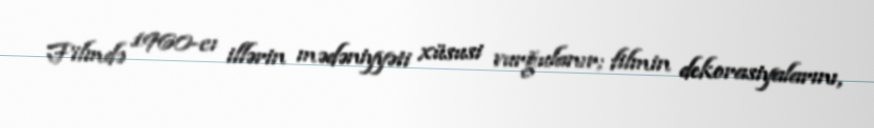
Filmdə 1960-cı illərin mədəniyyəti xüsusi vurğulanır; filmin dekorasiyalarını,